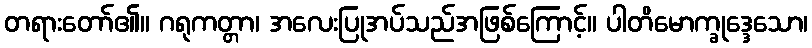
တရားတော်၏။ ဂရုကတ္တာ၊ အလေးပြုအပ်သည်အဖြစ်ကြောင့်။ ပါတိမောက္ခုဒ္ဒေသော၊